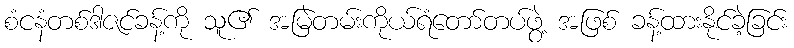
စံငနံတစ်ဒါဇင်ခန့်ကို သူ၏ အမြဲတမ်းကိုယ်ရံတော်တပ်ဖွဲ့ အဖြစ် ခန့်ထားနိုင်ခဲ့ခြင်း